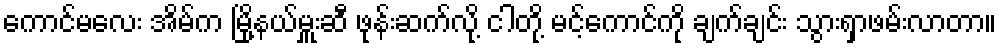
ကောင်မလေး အိမ်က မြို့နယ်မှူးဆီ ဖုန်းဆက်လို့ ငါတို့ မင့်ကောင်ကို ချက်ချင်း သွားရှာဖမ်းလာတာ။